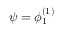
\psi = \phi _ { 1 } ^ { ( 1 ) }